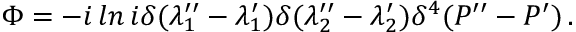
\Phi = - i \, l n \, i \delta ( \lambda _ { 1 } ^ { \prime \prime } - \lambda _ { 1 } ^ { \prime } ) \delta ( \lambda _ { 2 } ^ { \prime \prime } - \lambda _ { 2 } ^ { \prime } ) \delta ^ { 4 } ( P ^ { \prime \prime } - P ^ { \prime } ) \, .